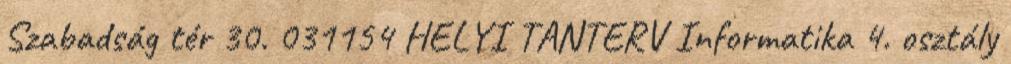
Szabadság tér 30. 031154 HELYI TANTERV Informatika 4. osztály